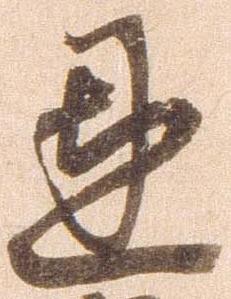
恩